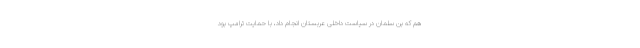
هم که بن سلمان در سیاست داخلی عربستان انجام داد، با حمایت ترامپ بود